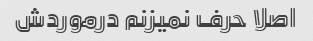
اصلا حرف نمیزنم درموردش